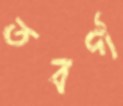
তবর্গ